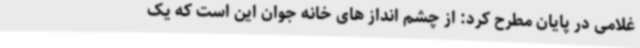
غلامی در پایان مطرح کرد: از چشم انداز های خانه جوان این است که یک